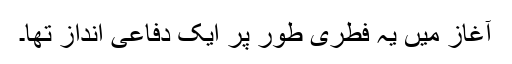
آغاز میں یہ فطری طور پر ایک دفاعی انداز تھا۔